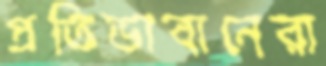
প্রতিভাবানেরা